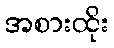
အစားထိုး